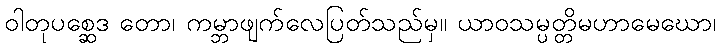
ဝါတုပစ္ဆေဒ တော၊ ကမ္ဘာဖျက်လေပြတ်သည်မှ။ ယာဝသမ္ပတ္တိမဟာမေဃော၊